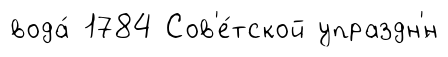
вода́ 1784 Сов'е́тской упраздн'́н